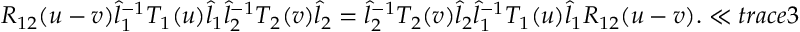
R _ { 1 2 } ( u - v ) \hat { l } _ { 1 } ^ { - 1 } T _ { 1 } ( u ) \hat { l } _ { 1 } \hat { l } _ { 2 } ^ { - 1 } T _ { 2 } ( v ) \hat { l } _ { 2 } = \hat { l } _ { 2 } ^ { - 1 } T _ { 2 } ( v ) \hat { l } _ { 2 } \hat { l } _ { 1 } ^ { - 1 } T _ { 1 } ( u ) \hat { l } _ { 1 } R _ { 1 2 } ( u - v ) . \ll { t r a c e 3 }